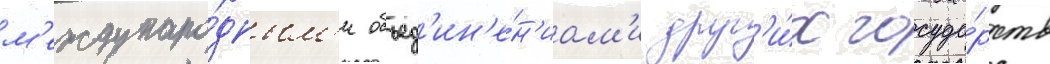
м'еждунаро́дным'и объед'ин'е́н'иам'и друг'и́х госуда́рств